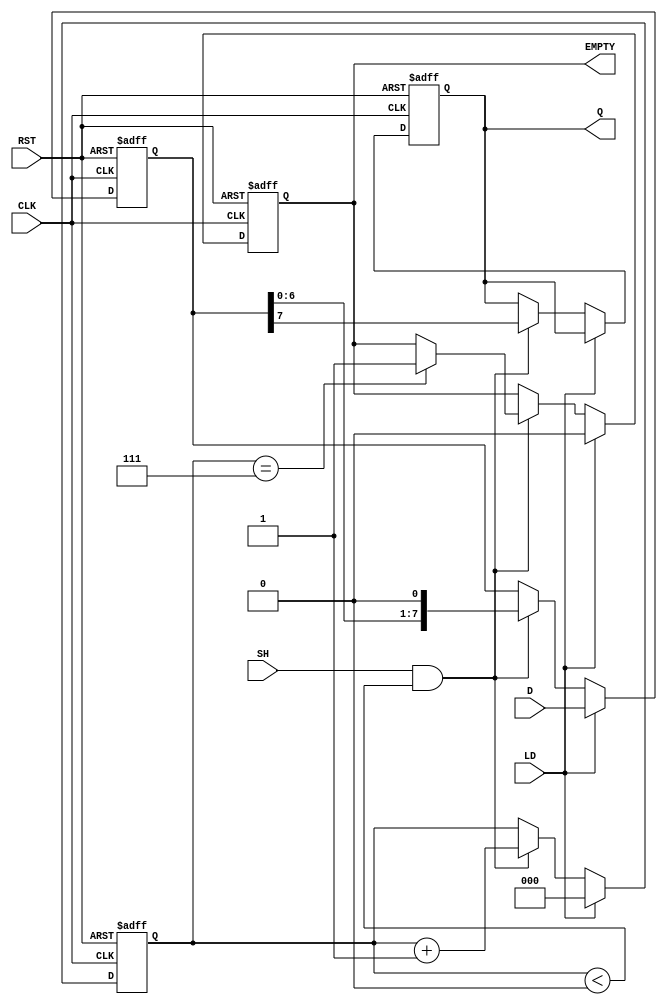
module PISO_Register (
    input wire [7:0] D,        // 8 parallel data inputs
    input wire LD,             // Load signal
    input wire SH,             // Shift signal
    input wire CLK,            // Clock signal
    input wire RST,            // Reset signal
    output reg Q,              // Serial output
    output reg EMPTY           // Empty flag
);

    reg [7:0] REG;             // 8-bit storage register
    reg [2:0] count;           // 3-bit counter for shift operations

    // Asynchronous reset
    always @(posedge CLK or posedge RST) begin
        if (RST) begin
            REG <= 8'b0;       // Clear the register
            count <= 3'b0;     // Reset the counter
            Q <= 1'b0;         // Clear the output
            EMPTY <= 1'b1;     // Set empty flag
        end else begin
            if (LD) begin
                REG <= D;      // Load data into the register
                count <= 3'b0; // Reset counter on load
                EMPTY <= 1'b0; // Clear empty flag
            end else if (SH && (count < 3'd8)) begin
                Q <= REG[7];   // Shift out the MSB
                REG <= {REG[6:0], 1'b0}; // Shift left
                count <= count + 1; // Increment count
                if (count == 3'd7) begin
                    EMPTY <= 1'b1; // Set empty flag when all bits shifted out
                end
            end
        end
    end

endmodule